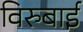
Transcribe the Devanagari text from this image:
विरुबाई